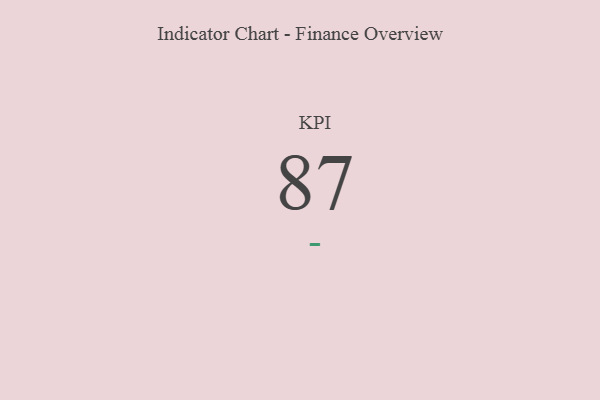
{"axis": {"x": "KPI", "y": "Value"}, "legend": [""], "data": [{"x": "KPI", "y": 87, "type": ""}]}